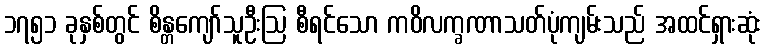
၁၇၅၁ ခုနှစ်တွင် စိန္တကျော်သူဦးဩ စီရင်သော ကဝိလက္ခဏာသတ်ပုံကျမ်းသည် အထင်ရှားဆုံး